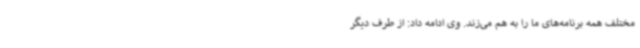
مختلف همه برنامه‌های ما را به هم می‌زند. وی ادامه داد: از طرف دیگر